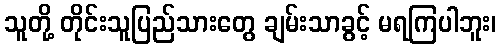
သူတို့ တိုင်းသူပြည်သားတွေ ချမ်းသာခွင့် မရကြပါဘူး၊